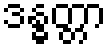
ဒန္ဓတ္တာ